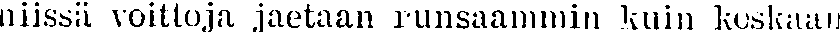
niissä voittoja jaetaan runsaammin kuin keskaan